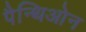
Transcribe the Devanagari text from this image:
पैन्थिओन